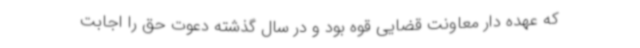
که عهده دار معاونت قضایی قوه بود و در سال گذشته دعوت حق را اجابت